Janeda_(Ambla)_vallavalitsus, lk 24
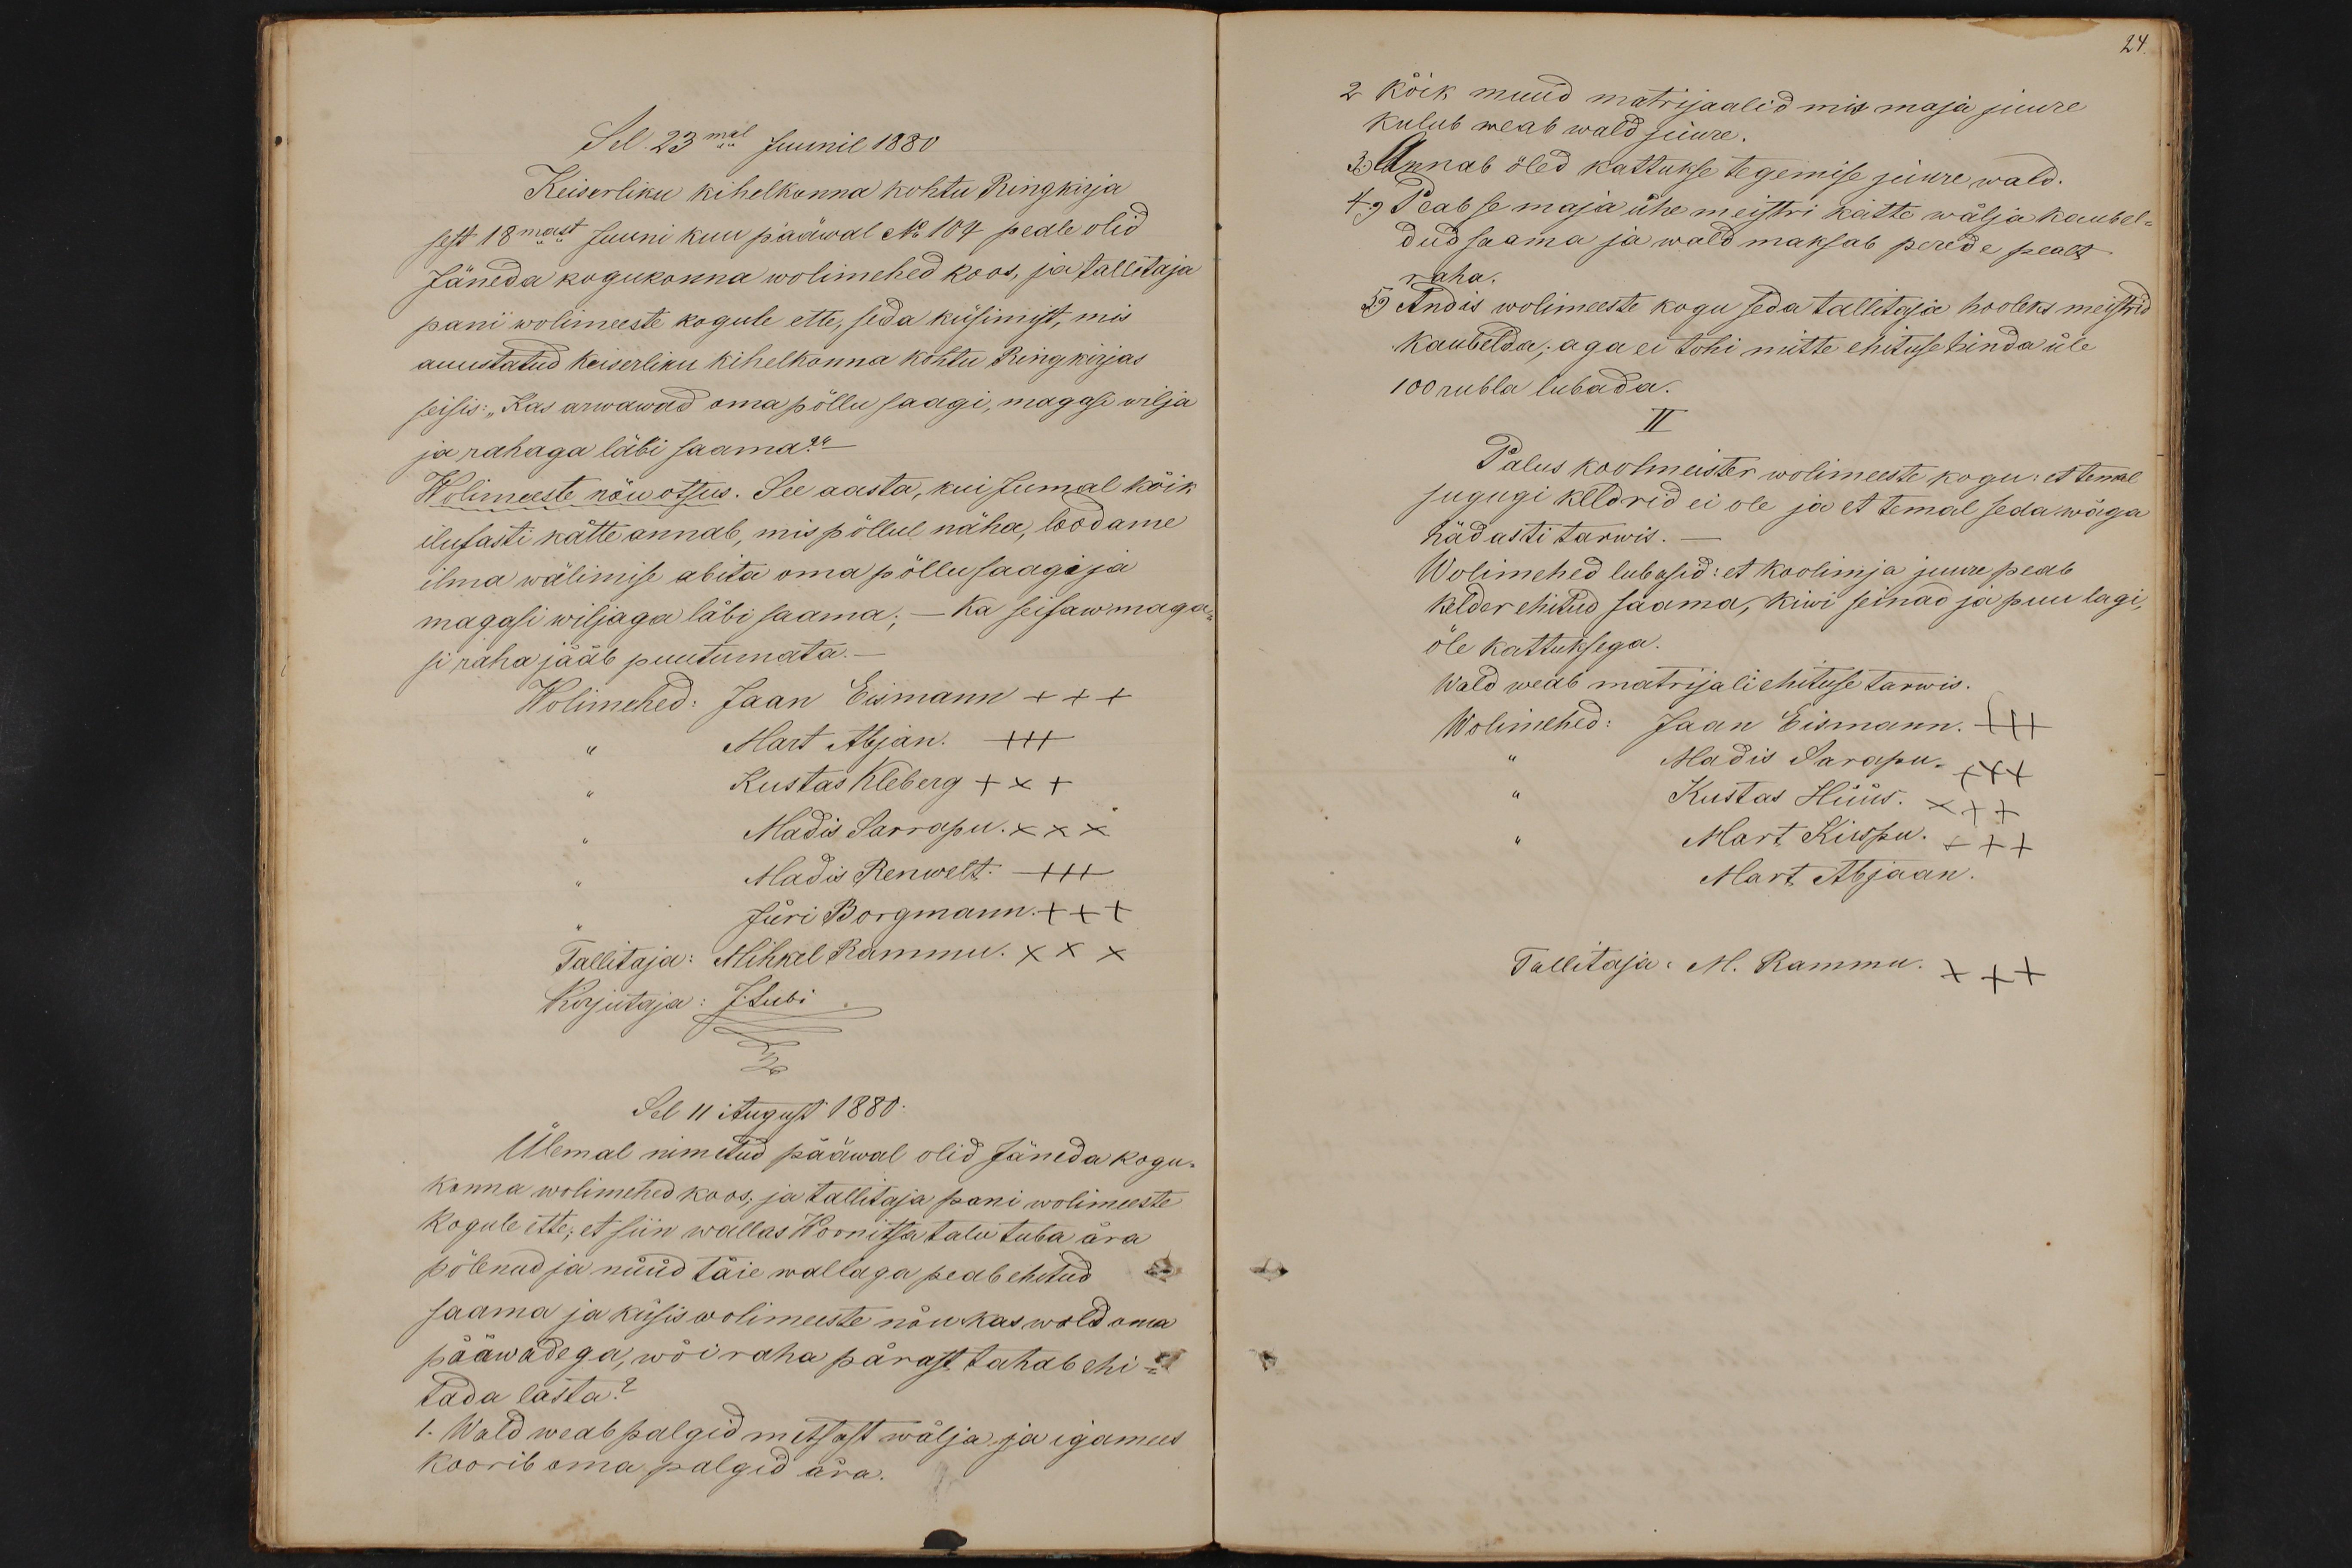
Sel 23mal Juunil 1880
Keiserliku kihelkonna kohtu Ringkirja
sest 18mast Juuni kuu pääwal No 104 peale olid
Jäneda kogukonna wolimehed koos, ja tallitaja
pani wolimeeste kogule ette, seda küsimist, mis
auustatud keiserliku kihelkonna kohtu Ringkirjas
seisis: "Kas arwawad oma põllu saagi, magasi wilja
ja rahaga läbi saama?"
Wolimeeste nõuotsus. See aasta, kui Jumal kõik
ilusasti kätte annab, mis põllul näha, loodame
ilma wälimise abita oma põllu saagi ja
magasi wiljaga läbi saama; - Ka seisaw maga
si raha jääb puutumata.-
Wolimehed: Jaan Eismann +++
Mart Abjan. +++
Kustas Kleberg +++
Madis Sarrapu. XXX
Madis Renwelt +++
Jüri Borgmann. +++
Tallitaja: Mihkel Rammu. XXX
Kirjutaja: J.Lubi
Sel 11 August 1880.
Ülemal nimetud pääwal olid Jäneda kogu-
konna wolimehed koos; ja tallitaja pani wolimeeste
kogule ette; et siin wallas Woonitsa talu tuba ära
põlenud ja nüüd täie wallaga peab ehitud
saama ja küsis wolimeeste nõu kas wald oma
pääwadega, wõi raha pärast tahab ehi-
tada lasta?
1. Wald weab palgid metsast wälja ja igamees
koorib oma palgid ära.

24.
2 Kõik muid matrijaalid mis maja juure
kulub weab wald juure.
3.) Annab õled kattukse tegemise juure wald.
4.) Peab se maja ühe meistri kätte wälja kaubel-
dud saama ja wald maksab perede pealt
raha.
5.) Andis wolimeeste kogu seda tallitaja hooleks meistrid
kaubelda; aga ei tohi mitte ehituse hinda üle
100 rubla lubada.
II
Palus koolmeister wolimeeste kogu, et temal
sugugi keldrid ei ole ja et temal seda wäga
hädasti tarwis.
Wolimehed lubasid: et koolimja juure peab
kelder ehitud saama, kiwi seinad ja puu lagi,
õle kattuksega.
Wald weab matrijali ehituse tarwis.
Wolimehed: Jaan Eismann. +++
Madis Sarapu. +++
Kustas Hüüs. +++
Mart Kirspu. +++
Mart Abjaan
Tallitaja: M. Rammu. +++